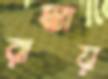
রাস্তায়